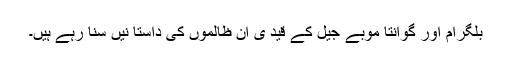
بلگرام اور گوانتا موبے جیل کے قید ی ان ظالموں کی داستا نیں سنا رہے ہیں۔